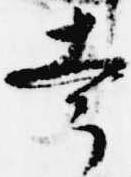
幸